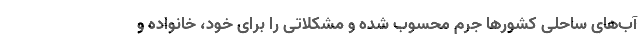
آب‌های ساحلی کشورها جرم محسوب شده و مشکلاتی را برای خود، خانواده و